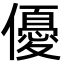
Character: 優